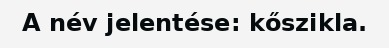
A név jelentése: kőszikla.